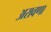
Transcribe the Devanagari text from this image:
अरावणा